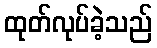
ထုတ်လုပ်ခဲ့သည်